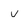
Character: v